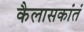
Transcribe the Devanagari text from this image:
कैलासकांतं